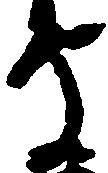
守